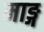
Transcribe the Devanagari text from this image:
माङ्ग